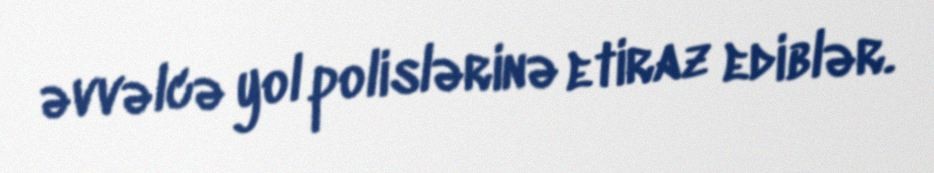
əvvəlcə yol polislərinə etiraz ediblər.